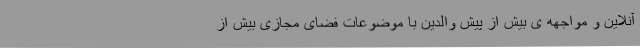
آنلاین و مواجهه ی بیش از پیش والدین با موضوعات فضای مجازی بیش از